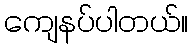
ကျေနပ်ပါတယ်။